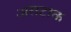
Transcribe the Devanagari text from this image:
असटाक